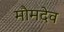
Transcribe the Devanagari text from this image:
मौमदेव